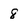
Character: 8